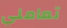
تعاملي